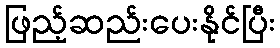
ဖြည့်ဆည်းပေးနိုင်ပြီး